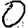
Digit: 0